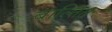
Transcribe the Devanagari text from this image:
बाल्तित